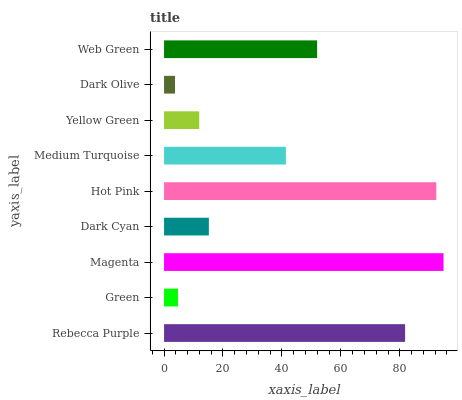
| yaxis_label | bars |
 | --- | --- |
 | Rebecca Purple | 81.8 |
 | Green | 4.72 |
 | Magenta | 94.8 |
 | Dark Cyan | 15.2 |
 | Hot Pink | 92.4 |
 | Medium Turquoise | 41.3 |
 | Yellow Green | 11.9 |
 | Dark Olive | 3.72 |
 | Web Green | 51.9 |